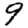
Digit: 9